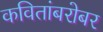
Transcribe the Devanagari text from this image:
कवितांबरोबर